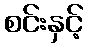
စင်းနှင့်